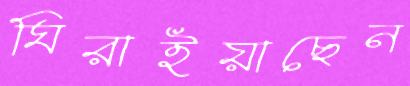
ঘিরাইয়াছেন